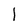
Character: l